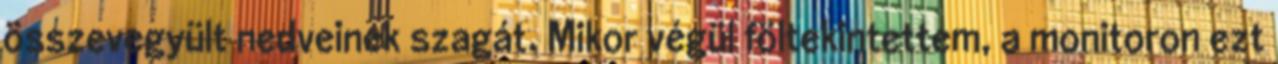
összevegyült nedveinek szagát. Mikor végül föltekintettem, a monitoron ezt